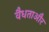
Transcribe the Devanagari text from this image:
वैधताऔर